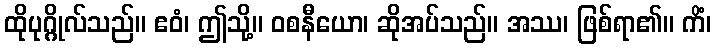
ထိုပုဂ္ဂိုလ်သည်။ ဧဝံ၊ ဤသို့။ ဝစနီယော၊ ဆိုအပ်သည်။ အဿ၊ ဖြစ်ရာ၏။ ကိံ၊